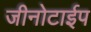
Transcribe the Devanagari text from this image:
जीनोटाईप